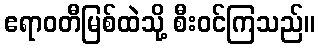
ဧရာဝတီမြစ်ထဲသို့ စီးဝင်ကြသည်။